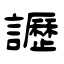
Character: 讈